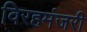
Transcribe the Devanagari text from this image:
विरहमंजरी